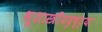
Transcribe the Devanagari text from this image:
भूशास्त्रीयदृष्ट्या